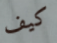
كيف